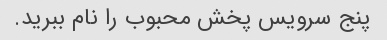
پنج سرویس پخش محبوب را نام ببرید.